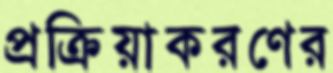
প্রক্রিয়াকরণের